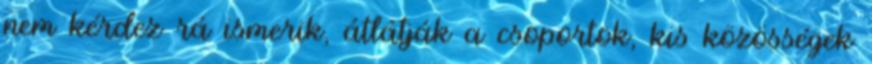
nem kérdez rá ismerik, átlátják a csoportok, kis közösségek